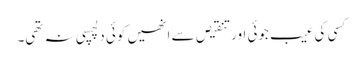
کسی کی عیب جوئی اور تنقیص سے انھیں کوئی دلچسپی نہ تھی۔